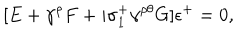
LaTeX: [ E + \gamma ^ { \rho } F + i \sigma _ { 1 } ^ { + } \gamma ^ { \rho \theta } G ] \epsilon ^ { + } = 0 ,